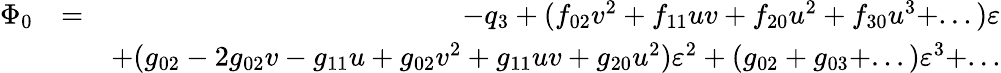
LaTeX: \begin{array}{rlr}{\Phi_{0}}&{=}&{-q_{3}+(f_{02}v^{2}+f_{11}uv+f_{20}u^{2}+f_{30}u^{3}+...)\varepsilon}\\ &{}&{+(g_{02}-2g_{02}v-g_{11}u+g_{02}v^{2}+g_{11}uv+g_{20}u^{2})\varepsilon^{2}+(g_{02}+g_{03}+...)\varepsilon^{3}+...}\end{array}